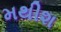
મથીશ